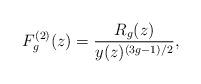
LaTeX: \begin{align*}F_{g}^{(2)}(z) = \displaystyle\frac{R_{g}(z)}{y(z)^{(3g-1)/2}},\\\end{align*}